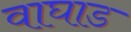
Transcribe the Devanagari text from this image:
वाघाड